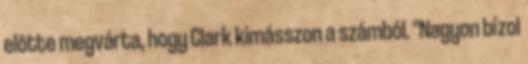
elõtte megvárta, hogy Clark kimásszon a számból. "Nagyon bízol